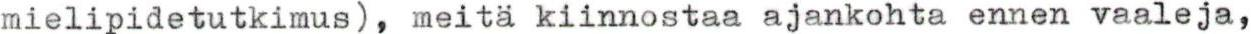
mielipidetutkimus, meitä kiinnostaa ajankohta ennen vaaleja,